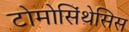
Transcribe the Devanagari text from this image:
टोमोसिंथेसिस